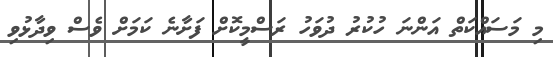
މި މަސައްކަތް އަންނަ ހުކުރު ދުވަހު ރަސްމީކޮށް ފަށާނެ ކަމަށް ވެސް ވިދާޅުވި